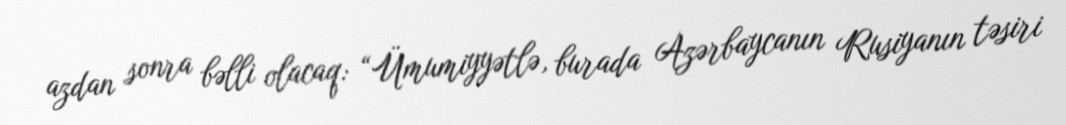
azdan sonra bəlli olacaq: “Ümumiyyətlə, burada Azərbaycanın Rusiyanın təsiri